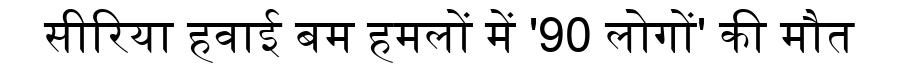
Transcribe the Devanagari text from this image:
सीरिया हवाई बम हमलों में '90 लोगों' की मौत